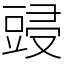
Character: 䜷